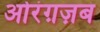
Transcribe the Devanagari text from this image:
ओरंग़ज़ब